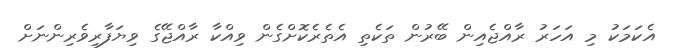
އެކަމަކު މި އަހަރު ރާއްޖެއިން ބޭރުން ތަކެތި އެތެރެކޮށްގެން ވިއްކާ ރާއްޖޭގެ ވިޔަފާރިވެރިންނަށް